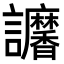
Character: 𧮠